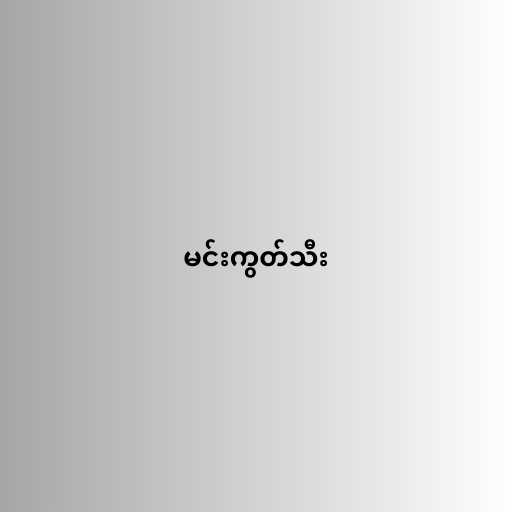
မင်းကွတ်သီး